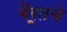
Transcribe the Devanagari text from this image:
बैरूतचे